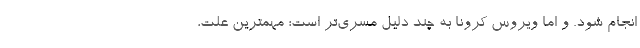
انجام شود. و اما ویروس کرونا به چند دلیل مسری‌تر است؛ مهمترین علت،